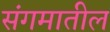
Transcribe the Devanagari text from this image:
संगमातील